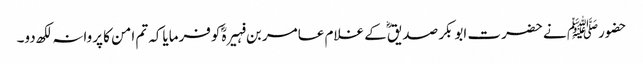
حضورﷺ نے حضرت ابوبکر صدیقؓ کے غلام عامر بن فہیرہؓ کوفرمایاکہ تم امن کا پروانہ لکھ دو۔